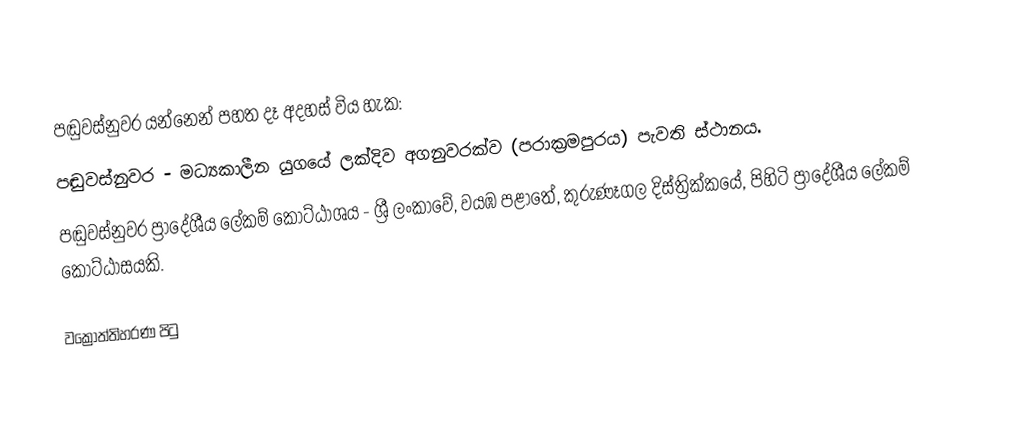
පඬුවස්නුවර යන්නෙන් පහත දෑ අදහස් විය හැක:
 පඬුවස්නුවර - මධ්‍යකාලීන යුගයේ ලක්දිව අගනුවරක්ව (පරාක්‍රමපුරය) පැවති ස්ථානය.
 පඬුවස්නුවර ප්‍රාදේශීය ලේකම් කොට්ඨාශය - ශ්‍රී ලංකාවේ, වයඹ පළාතේ, කුරුණෑගල දිස්ත්‍රික්කයේ, පිහිටි ප්‍රාදේශීය ලේකම් කොට්ඨාසයකි.

වක්‍රෝත්තිහරණ පිටු